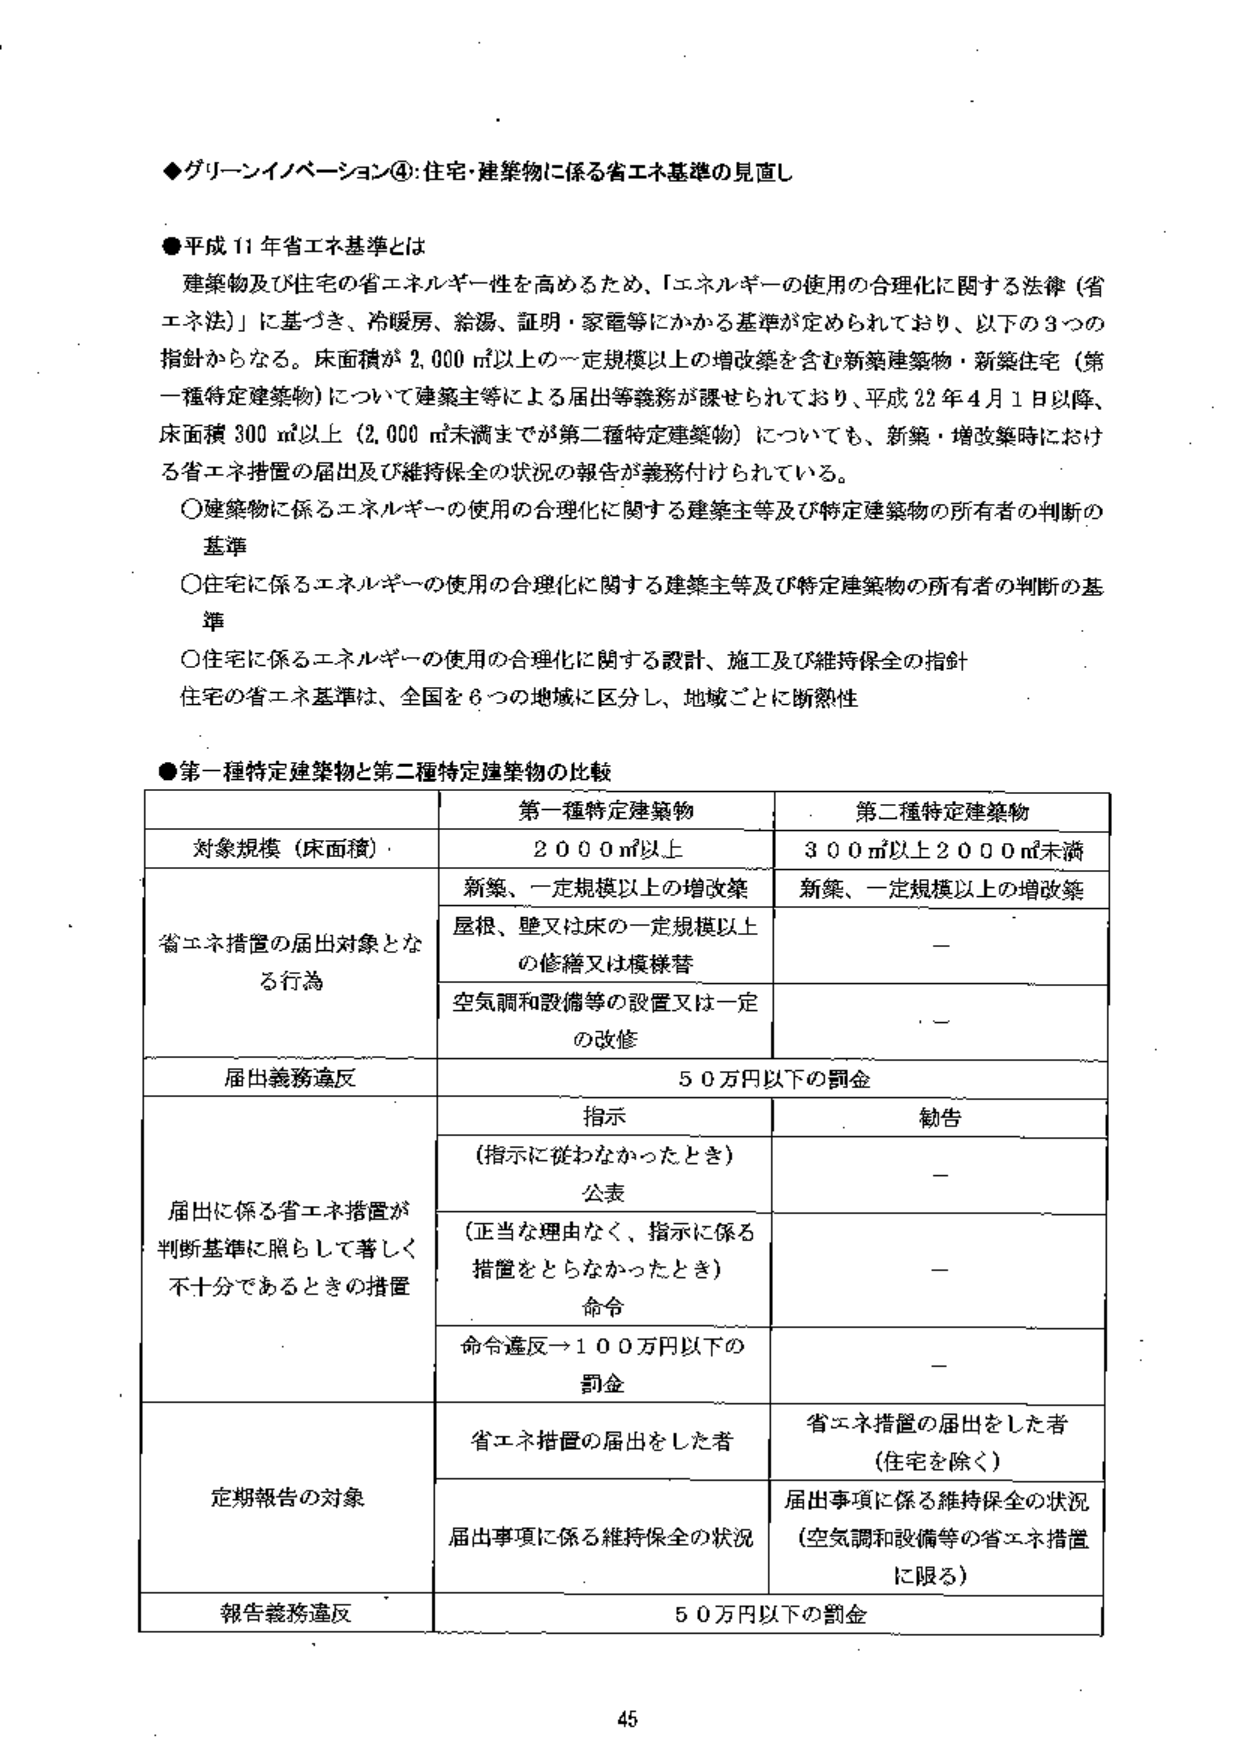
◆グリーンイノベーション④：住宅・建築物に係る省エネ基準の見直し

●平成11年省エネ基準とは
建築物及び住宅の省エネルギー性を高めるため、「エネルギーの使用の合理化に関する法律（省エネ法）」に基づき、冷暖房、給湯、証明・家電等にかかる基準が定められており、以下の3つの指針からなる。床面積が2,000㎡以上の一定規模以上の増改築を含む新築建築物・新築住宅（第一種特定建築物）について建築主等による届出等義務が課せられており、平成22年4月1日以降、床面積300㎡以上（2,000㎡未満までが第二種特定建築物）についても、新築・増改築時における省エネ措置の届出及び維持保全の状況の報告が義務付けられている。

○建築物に係るエネルギーの使用の合理化に関する建築主等及び特定建築物の所有者の判断の基準
○住宅に係るエネルギーの使用の合理化に関する建築主等及び特定建築物の所有者の判断の基準
○住宅に係るエネルギーの使用の合理化に関する設計、施工及び維持保全の指針
住宅の省エネ基準は、全国を6つの地域に区分し、地域ごとに断熱性

●第一種特定建築物と第二種特定建築物の比較

| | 第一種特定建築物 | 第二種特定建築物 |
|---|---|---|
| 対象規模（床面積） | 2000㎡以上 | 300㎡以上2000㎡未満 |
| 省エネ措置の届出対象となる行為 | 新築、一定規模以上の増改築<br>屋根、壁又は床の一定規模以上の修繕又は模様替<br>空気調和設備等の設置又は一定の改修 | 新築、一定規模以上の増改築<br>－<br>－ |
| 届出義務違反 | 50万円以下の罰金 | |
| 届出に係る省エネ措置が判断基準に照らして著しく不十分であるときの措置 | 指示<br>（指示に従わなかったとき）<br>公表<br>（正当な理由なく、指示に係る措置をとらなかったとき）<br>命令<br>命令違反→100万円以下の罰金 | 勧告<br>－<br>－<br>－ |
| 定期報告の対象 | 省エネ措置の届出をした者<br>届出事項に係る維持保全の状況 | 省エネ措置の届出をした者（住宅を除く）<br>届出事項に係る維持保全の状況（空気調和設備等の省エネ措置に限る） |
| 報告義務違反 | 50万円以下の罰金 | |

45